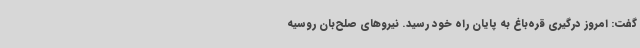
گفت: امروز درگیری قره‌باغ به پایان راه خود رسید. نیروهای صلح‌بان روسیه